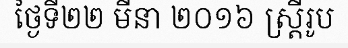
ថ្ងៃទី២២ មីនា ២០១៦ ស្ត្រីរូប